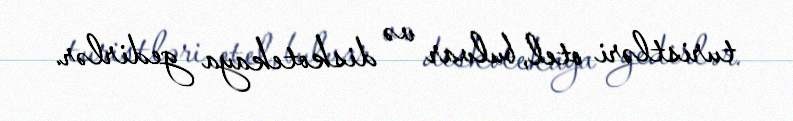
turistləri otel, bulvar və diskotekaya gedirlər.